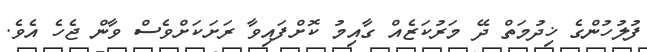
ފުލުހުންގެ ޚިދުމަތް ދޭ މަރުކަޒެއް ގާއިމު ކޮށްފައިވާ ރަށަކަށްވެސް ވާން ޖެހެ އެވެ.